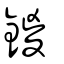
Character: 鍐